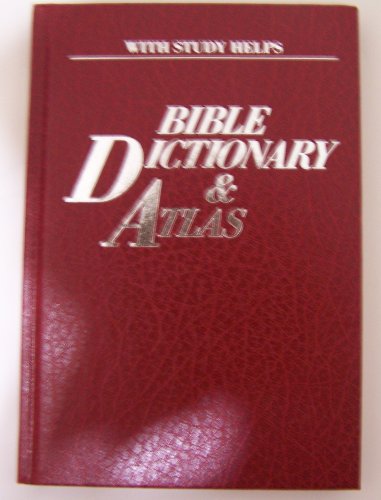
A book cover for THE PRACTICAL BIBLE DICTIONARY & ATLAS FOUR BOOKS IN ONE; Christian Books & Bibles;